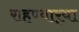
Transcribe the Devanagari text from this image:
राहण्यार्‍या